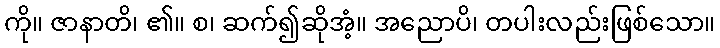
ကို။ ဇာနာတိ၊ ၏။ စ၊ ဆက်၍ဆိုအံ့။ အညောပိ၊ တပါးလည်းဖြစ်သော။